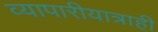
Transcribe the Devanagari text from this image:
व्यापारीयात्राही